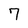
Character: 7